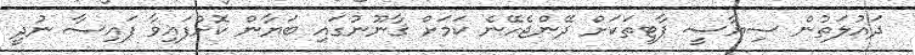
ދައުލަތުން ސިޔާސީ ޕާޓީތަކަށް ދޭންޖެހޭނެ ކަމަށް ޤާނޫނުގައި ބަޔާން ކޮށްފައިވާ ފައިސާ ނުދީ